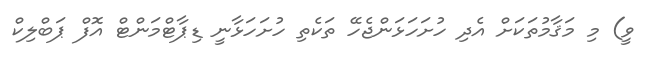
ވީ) މި މަޤާމުތަކަށް އެދި ހުށަހަޅަންޖެހޭ ތަކެތި ހުށަހަޅާނީ ޑިޕާޓްމަންޓް އޮފް ޕަބްލިކް